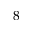
8